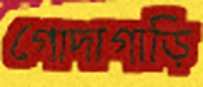
গোদাগাড়ি